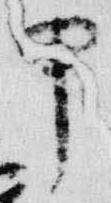
甲